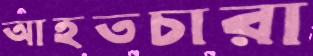
আহতচারা